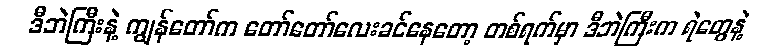
ဒီဘဲကြီးနဲ့ ကျွန်တော်က တော်တော်လေးခင်နေတော့ တစ်ရက်မှာ ဒီဘဲကြီးက ရဲတွေနဲ့